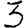
Digit: 3